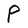
Character: P